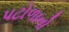
પટોળાનો